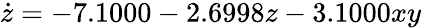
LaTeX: \dot{z}=-7.1000-2.6998z-3.1000xy